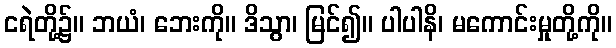
ငရဲတို့၌။ ဘယံ၊ ဘေးကို။ ဒိသွာ၊ မြင်၍။ ပါပါနိ၊ မကောင်းမှုတို့ကို။